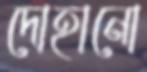
দোহানো